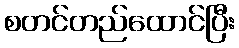
စတင်တည်ထောင်ပြီး